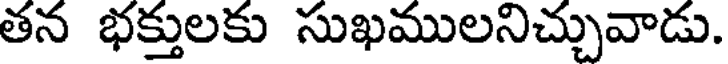
తన భక్తులకు సుఖములనిచ్చువాడు.